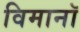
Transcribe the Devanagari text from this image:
विमानॉ